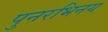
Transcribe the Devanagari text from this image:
पुनरभिनय